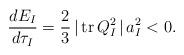
LaTeX: \begin{align*}\frac{dE_I}{d\tau_I}=\frac{2}{3}\,\vert\,{\rm tr}\,Q^2_I\,\vert\,a^2_I<0.\end{align*}